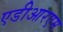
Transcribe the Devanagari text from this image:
एडीआरएम